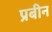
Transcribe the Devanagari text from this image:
प्रबीन